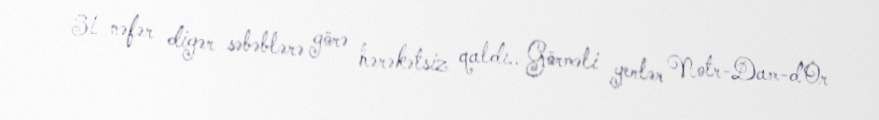
31 nəfər digər səbəblərə görə hərəkətsiz qaldı.. Görməli yerlər Notr-Dam-d’Or